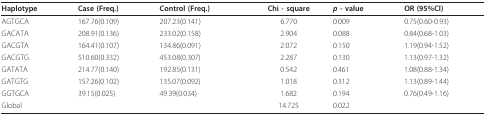
| Haplotype | Case (Freq.) | Control (Freq.) | Chi - square | p - value | OR (95%CI) |
 | --- | --- | --- | --- | --- | --- |
 | AGTGCA | 167.76(0.109) | 207.23(0.141) | 6.770 | 0.009 | 0.75(0.60-0.93) |
 | GACATA | 208.91(0.136) | 233.02(0.158) | 2.904 | 0.088 | 0.84(0.68-1.03) |
 | GACGTA | 164.41(0.107) | 134.86(0.091) | 2.072 | 0.150 | 1.19(0.94-1.52) |
 | GACGTG | 510.60(0.332) | 453.08(0.307) | 2.287 | 0.130 | 1.13(0.97-1.32) |
 | GATATA | 214.77(0.140) | 192.85(0.131) | 0.542 | 0.461 | 1.08(0.88-1.34) |
 | GATGTG | 157.26(0.102) | 135.07(0.092) | 1.018 | 0.312 | 1.13(0.89-1.44) |
 | GGTGCA | 39.15(0.025) | 49.39(0.034) | 1.682 | 0.194 | 0.76(0.49-1.16) |
 | Global |  |  | 14.725 | 0.022 |  |